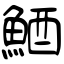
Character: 鯂